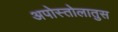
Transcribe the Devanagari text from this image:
अपोस्तोलातुस